Leningradi_Edasi_toimetus, lk 141
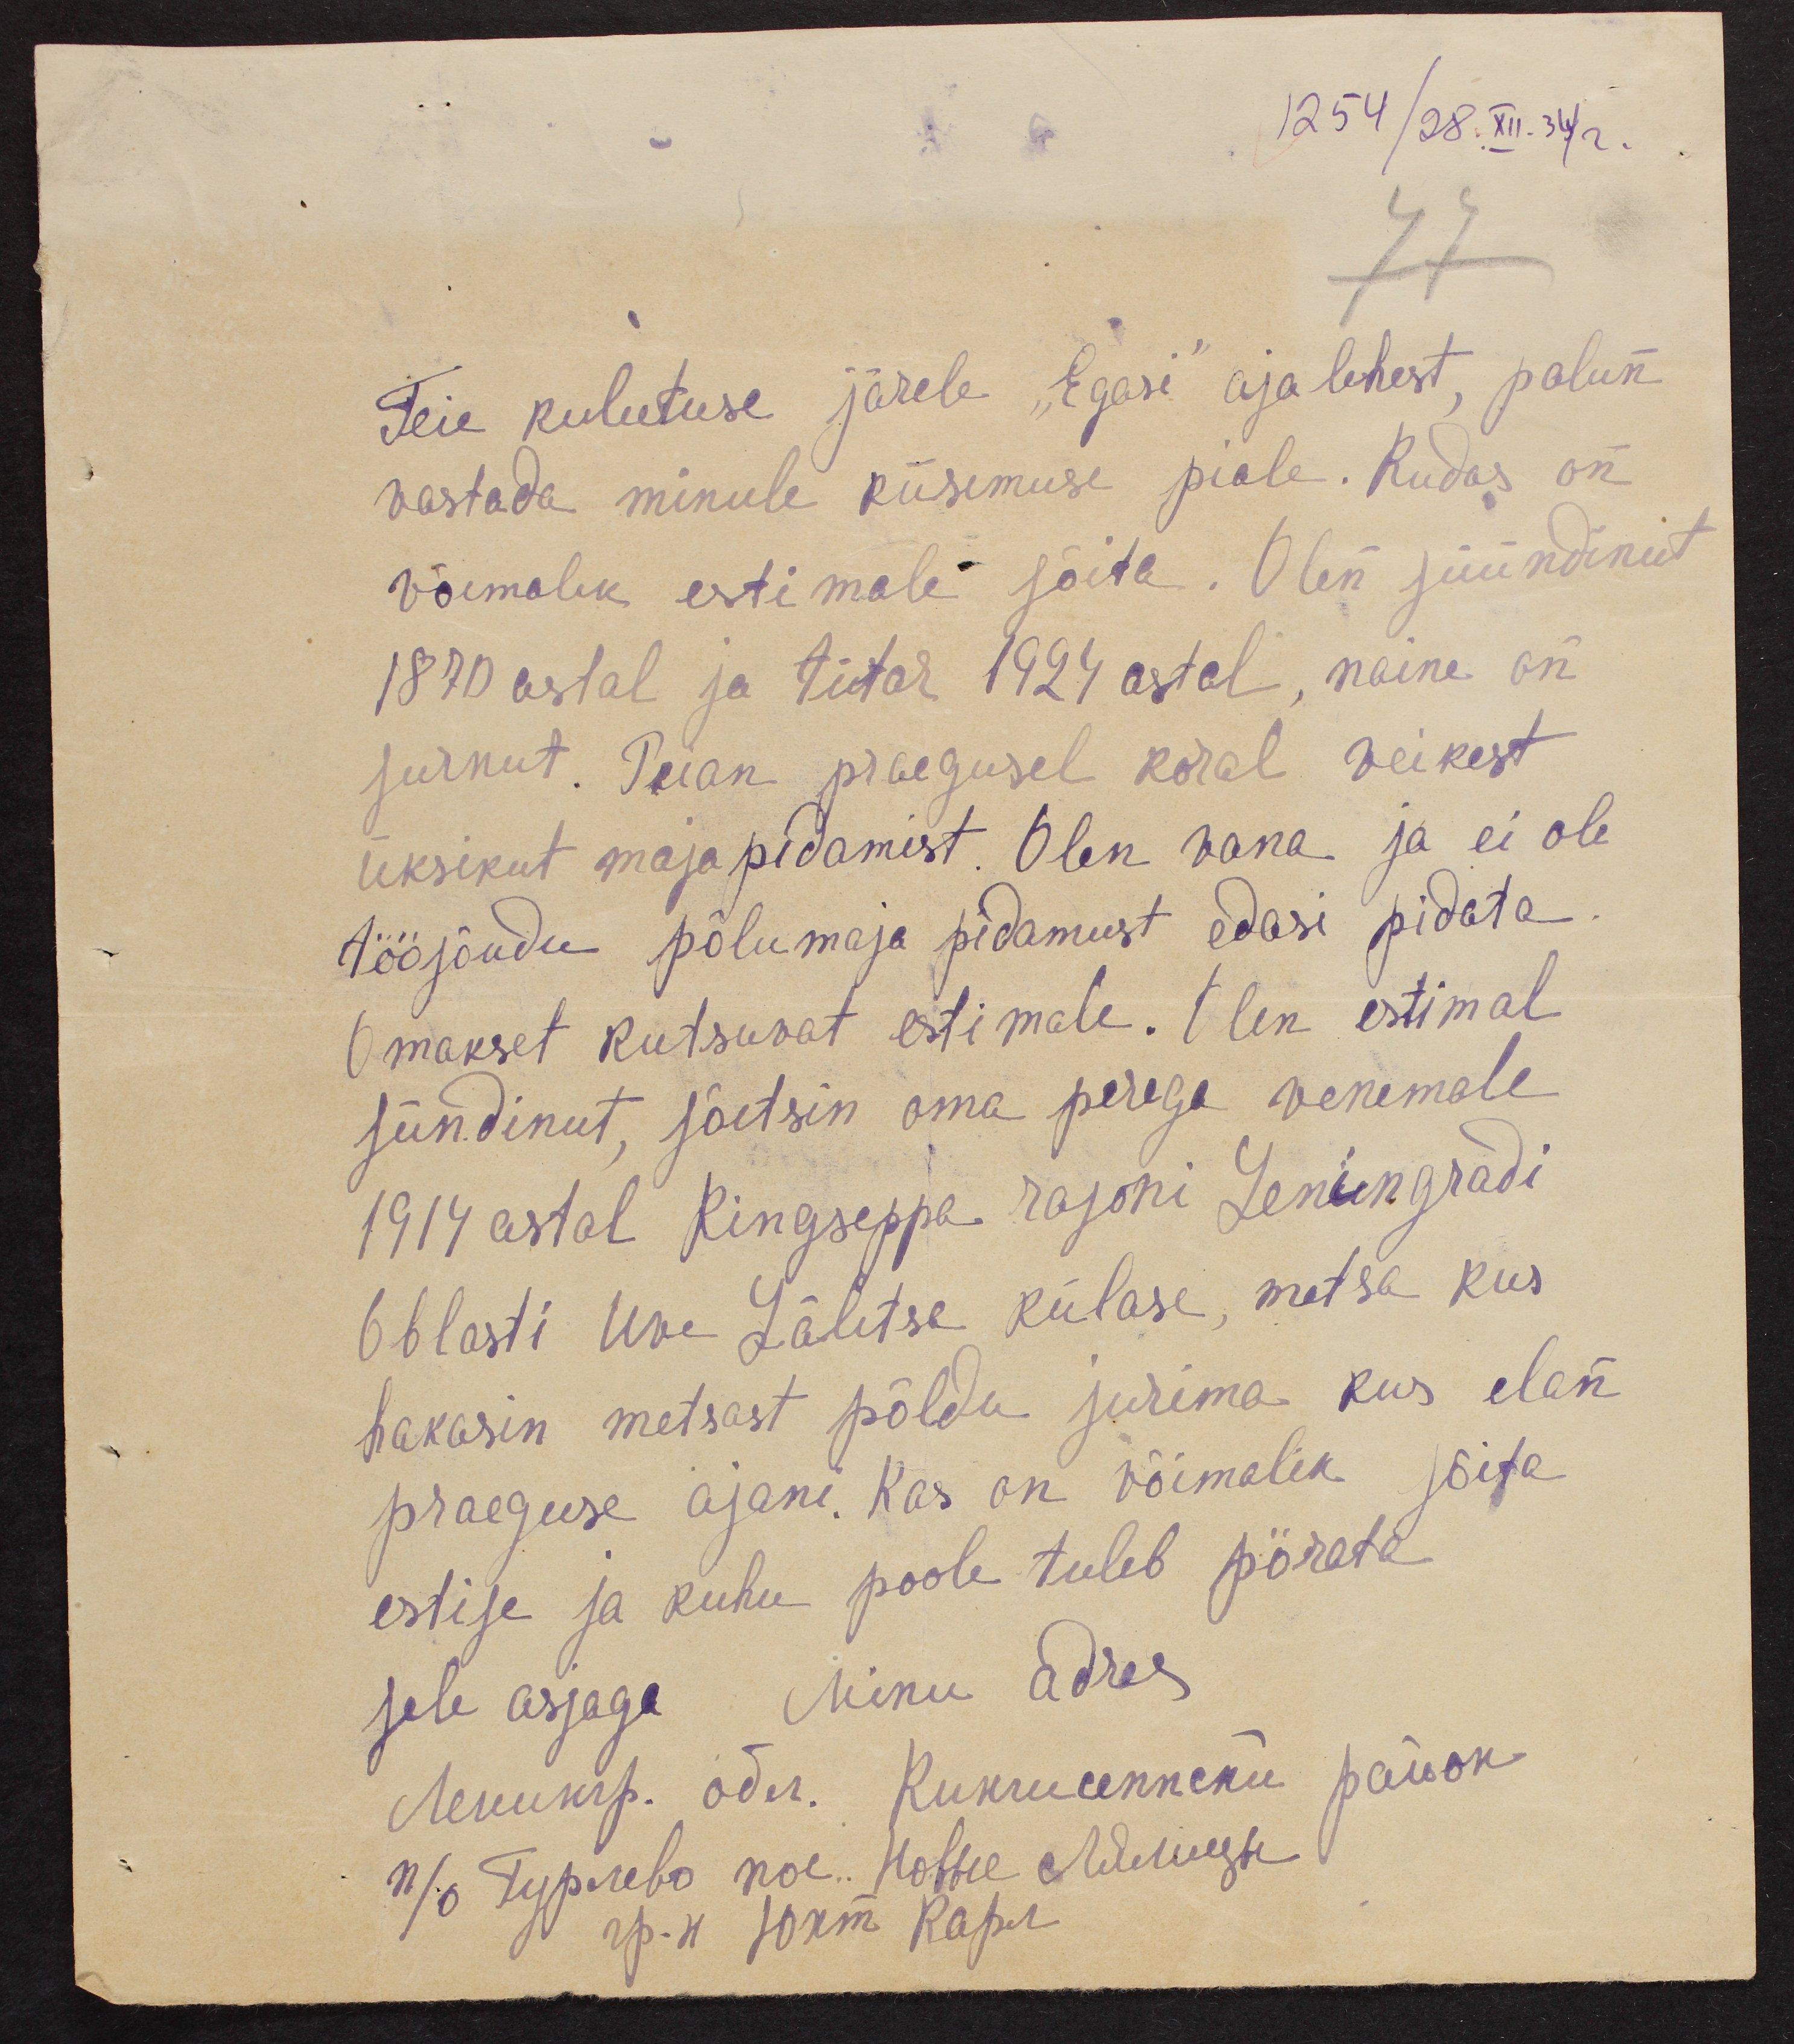
1254/28.XII.34 г.

77
Teie kulutuse järele "Egasi" ajalehest, palun
vastada minule küsemuse piale. Kudas on
võimalik estimale sõita. Olen süündinut
1870 astal ja tütar 1924 astal, naine on
surnut. Peian praegusel koral veikest
üksikut majapidamist. Olen vana ja ei ole
tööjõudu põlumaja pidamust edasi pidata
Omakset kutsuvat estimale. Olen estimal
sündinut, sõitsin oma perega venemale
1917 astal Kingseppa rajoni Leningradi
Oblasti Uue Lähtse külase, metsa kus
hakasin metsast põldu jurima kus elan
praeguse ajani. Kas on võimalik sõita
estise ja kuhu poole tuleb pörata
sele asjaga. Minu adres